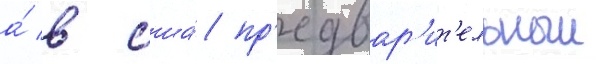
а́ в сша́ пр'едвар'ит'ельныи